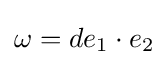
\omega =de_{1}\cdot e_{2}